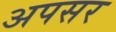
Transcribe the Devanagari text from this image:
अपसर